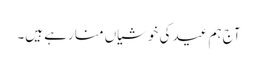
آج ہم عید کی خوشیاں منا رہے ہیں۔